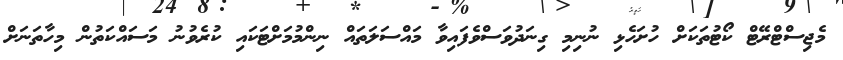
މެޖިސްޓްރޭޓް ކޯޓުތަކަށް ހުށަހެޅި ނުނިމި ގިނަދުވަސްވެފައިވާ މައްސަލަތައް ނިންމުމަށްޓަކައި ކުރެވުނު މަސައްކަތުން މިހާތަނަށް